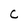
Character: c